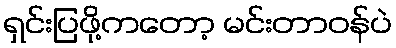
ရှင်းပြဖို့ကတော့ မင်းတာဝန်ပဲ